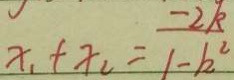
x _ { 1 } + x _ { 2 } = \frac { - 2 k } { 1 - k ^ { 2 } }